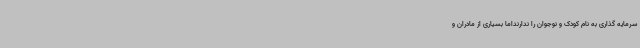
سرمایه گذاری به نام کودک و نوجوان را ندارنداما بسیاری از مادران و